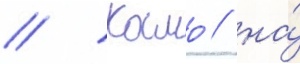
// Камо / на́